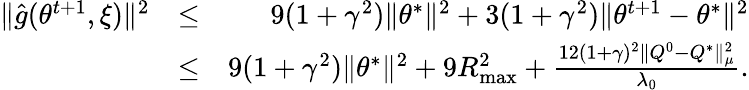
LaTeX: \begin{array}{rlr}{\| \hat{g}(\theta^{t+1},\xi)\| ^{2}}&{\leq}&{9(1+\gamma^{2})\| \theta^{*}\| ^{2}+3(1+\gamma^{2})\| \theta^{t+1}-\theta^{*}\| ^{2}}\\ &{\leq}&{9(1+\gamma^{2})\| \theta^{*}\| ^{2}+9R_{\operatorname*{max}}^{2}+\frac{12(1+\gamma)^{2}\| Q^{0}-Q^{*}\| _{\mu}^{2}}{\lambda_{0}}.}\end{array}